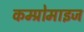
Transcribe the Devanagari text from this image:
कम्प्रोमाइज